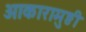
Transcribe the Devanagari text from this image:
आकारामुष्ठी